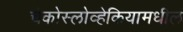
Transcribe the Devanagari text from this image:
चेकोस्लोव्हेकियामधील